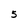
Character: 5